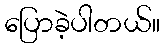
ပြောခဲ့ပါတယ်။